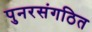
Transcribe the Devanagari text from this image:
पुनरसंगठित